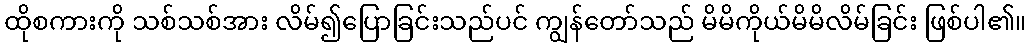
ထိုစကားကို သစ်သစ်အား လိမ်၍ပြောခြင်းသည်ပင် ကျွန်တော်သည် မိမိကိုယ်မိမိလိမ်ခြင်း ဖြစ်ပါ၏။